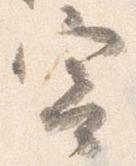
寄